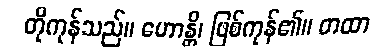
တိုကုန်သည်။ ဟောန္တိ၊ ဖြစ်ကုန်၏။ တထာ